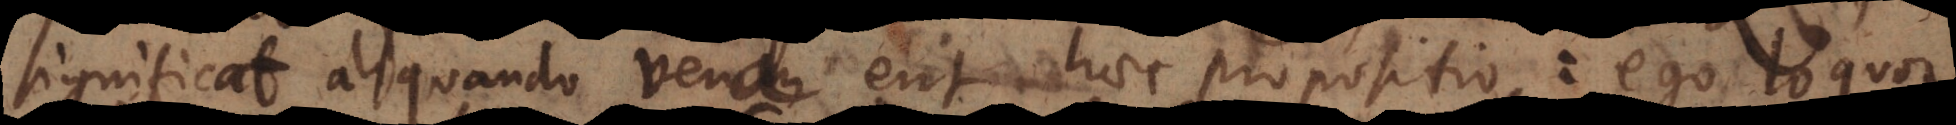
significat aliquando verum erit haec propositio: ego loquor.